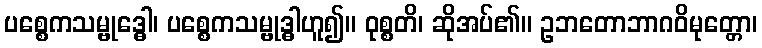
ပစ္စေကသမ္ဗုဒ္ဓေါ၊ ပစ္စေကသမ္ဗုဒ္ဓါဟူ၍။ ဝုစ္စတိ၊ ဆိုအပ်၏။ ဥဘတောဘာဂဝိမုတ္တော၊